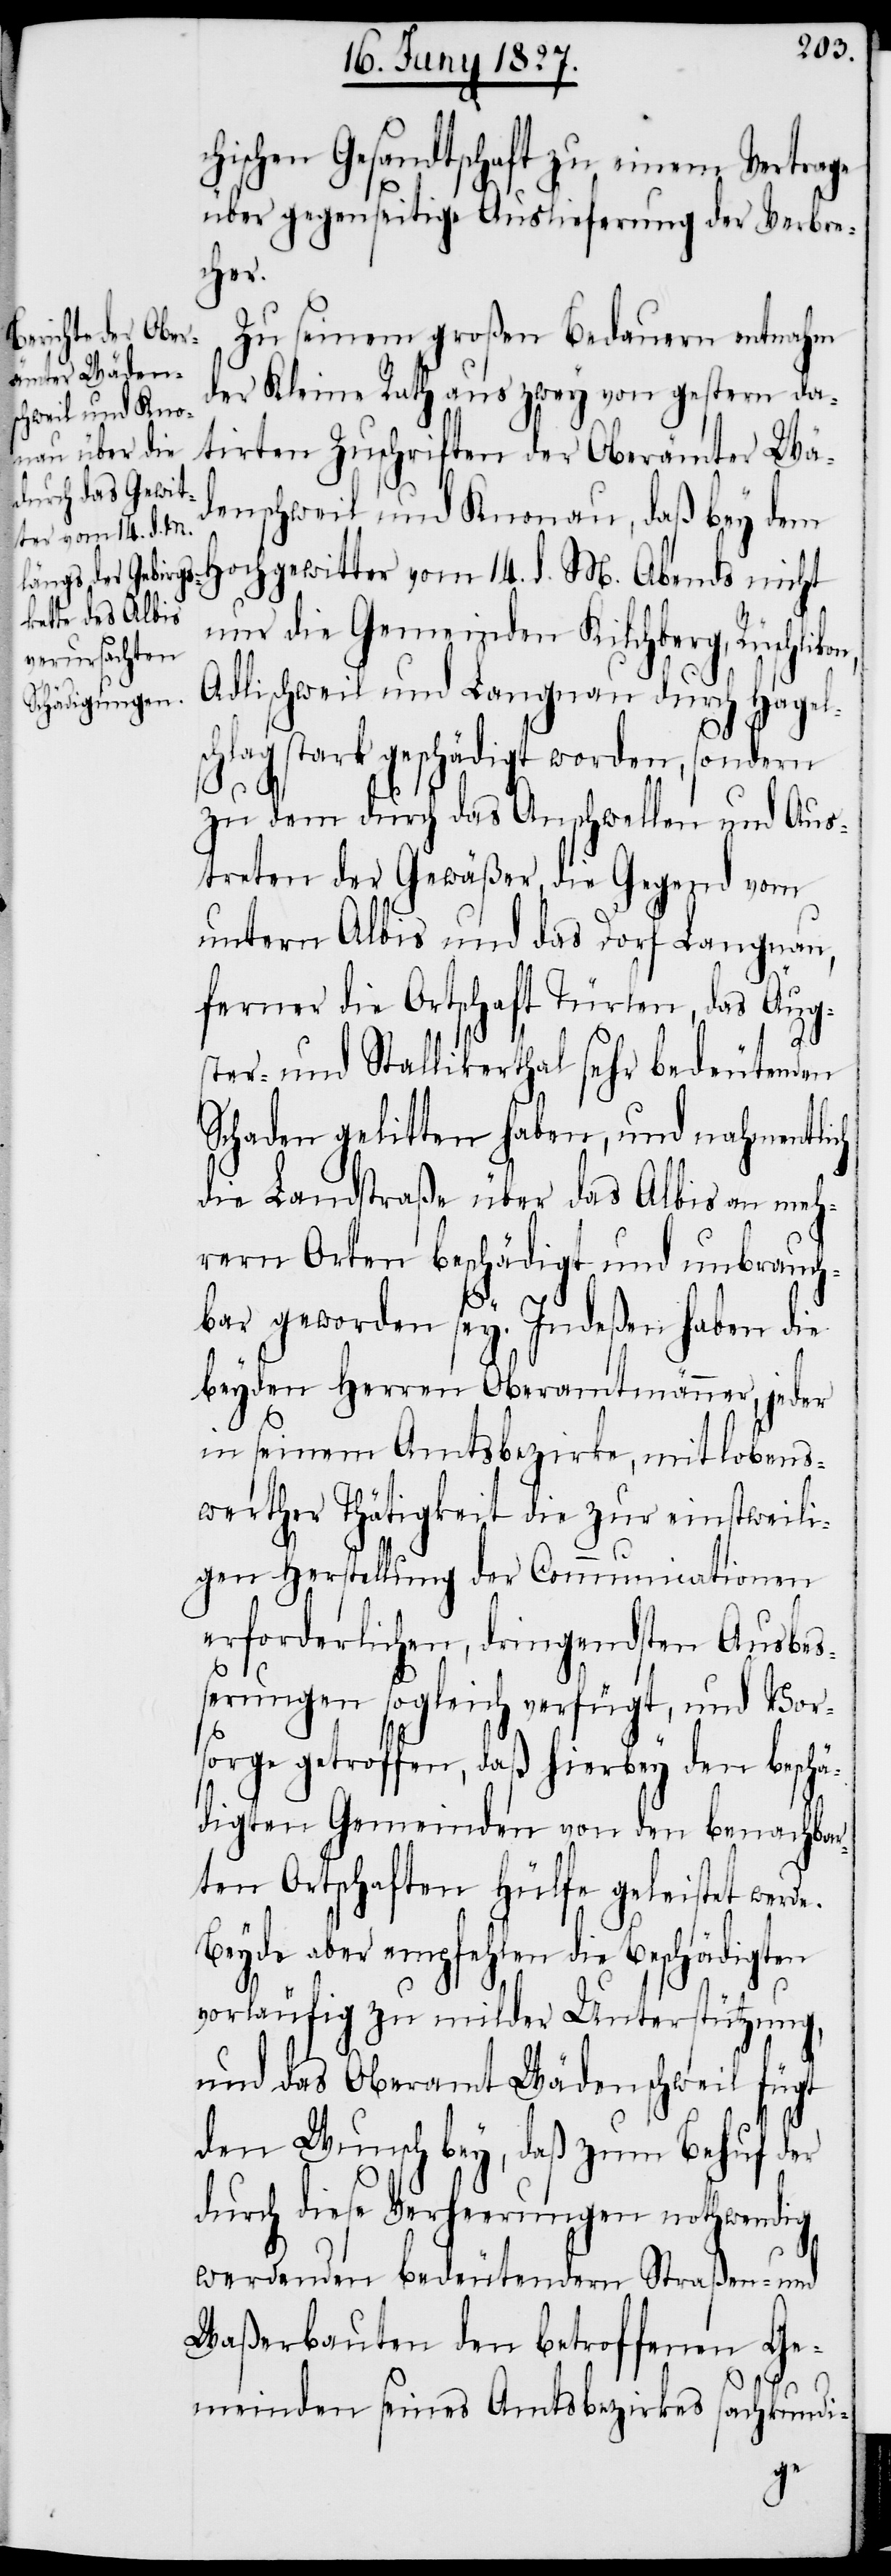
n,
hischen Gesandtschaft zu einem Vertrage
über gegenseitige Auslieferung der Verbre¬
cher.
Zu seinem großen Bedauern entnahm
der Kleine Rath aus zwey von gestern da¬
tirten Zuschriften der Oberämter Wä¬
denschweil und Knonau, daß bey dem
Hochgewitter vom 14. d. M. Abends nicht
nur die Gemeinden Kilchberg, Rüschliko¬
Adlischweil und Langnau durch Hagels¬
chlag stark geschädigt worden, sondern
zu dem durch das Anschwellen und Aus¬
treten der Gewäßer die Gegend vom
untern Albis und das Dorf Langnau,
ferner die Ortschaft Türlen, das Äug¬
ster- und Stallikerthal sehr bedeutenden
Schaden gelitten haben, und nahmentlich
die Landstraße über das Albis an meh¬
rern Orten beschädigt und unbrauch¬
bar geworden sey. Indeßen haben die
beyden Herren Oberamtmänner, jeder
in seinem Amtsbezirke, mit lobens¬
werther Thätigkeit die zur einstweili¬
gen Herstellung der Communicationen
erforderlichen, dringendsten Ausbe¬
ßerungen sogleich verfügt, und Vor¬
sorge getroffen, daß hierbey den beschä¬
digten Gemeinden von den benachbar¬
ten Ortschaften Hülfe geleistet werde.
Beyde aber empfehlen die Beschädigten
vorläufig zu milder Unterstützung,
und das Oberamt Wädenschweil fügt
den Wunsch bey, daß zum Behuf der
durch diese Verheerungen nothwendig
werdenden bedeutenden Straßen- und
Waßerbauten den betroffenen Ge¬
meinden seines Amtsbezirkes sachkundi-